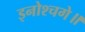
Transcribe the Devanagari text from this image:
इनोश्चगे॥